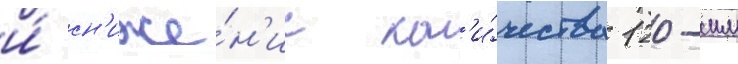
и́ сн'иже́н'ие кол'и́чества 120-мм